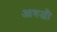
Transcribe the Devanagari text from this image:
आबजौ